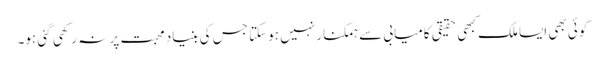
کوئی بھی ایسا ملک کبھی حقیقی کامیابی سے ہمکنار نہیں ہوسکتا جس کی بنیاد محبت پر نہ رکھی گئی ہو۔